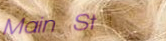
Main St